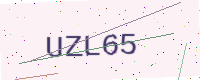
Text: UZL65